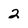
Character: 2